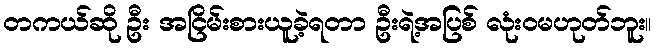
တကယ်ဆို ဦး အငြိမ်းစားယူခဲ့ရတာ ဦးရဲ့အပြစ် လုံးဝမဟုတ်ဘူး။